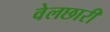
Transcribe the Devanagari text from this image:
वेलछारी